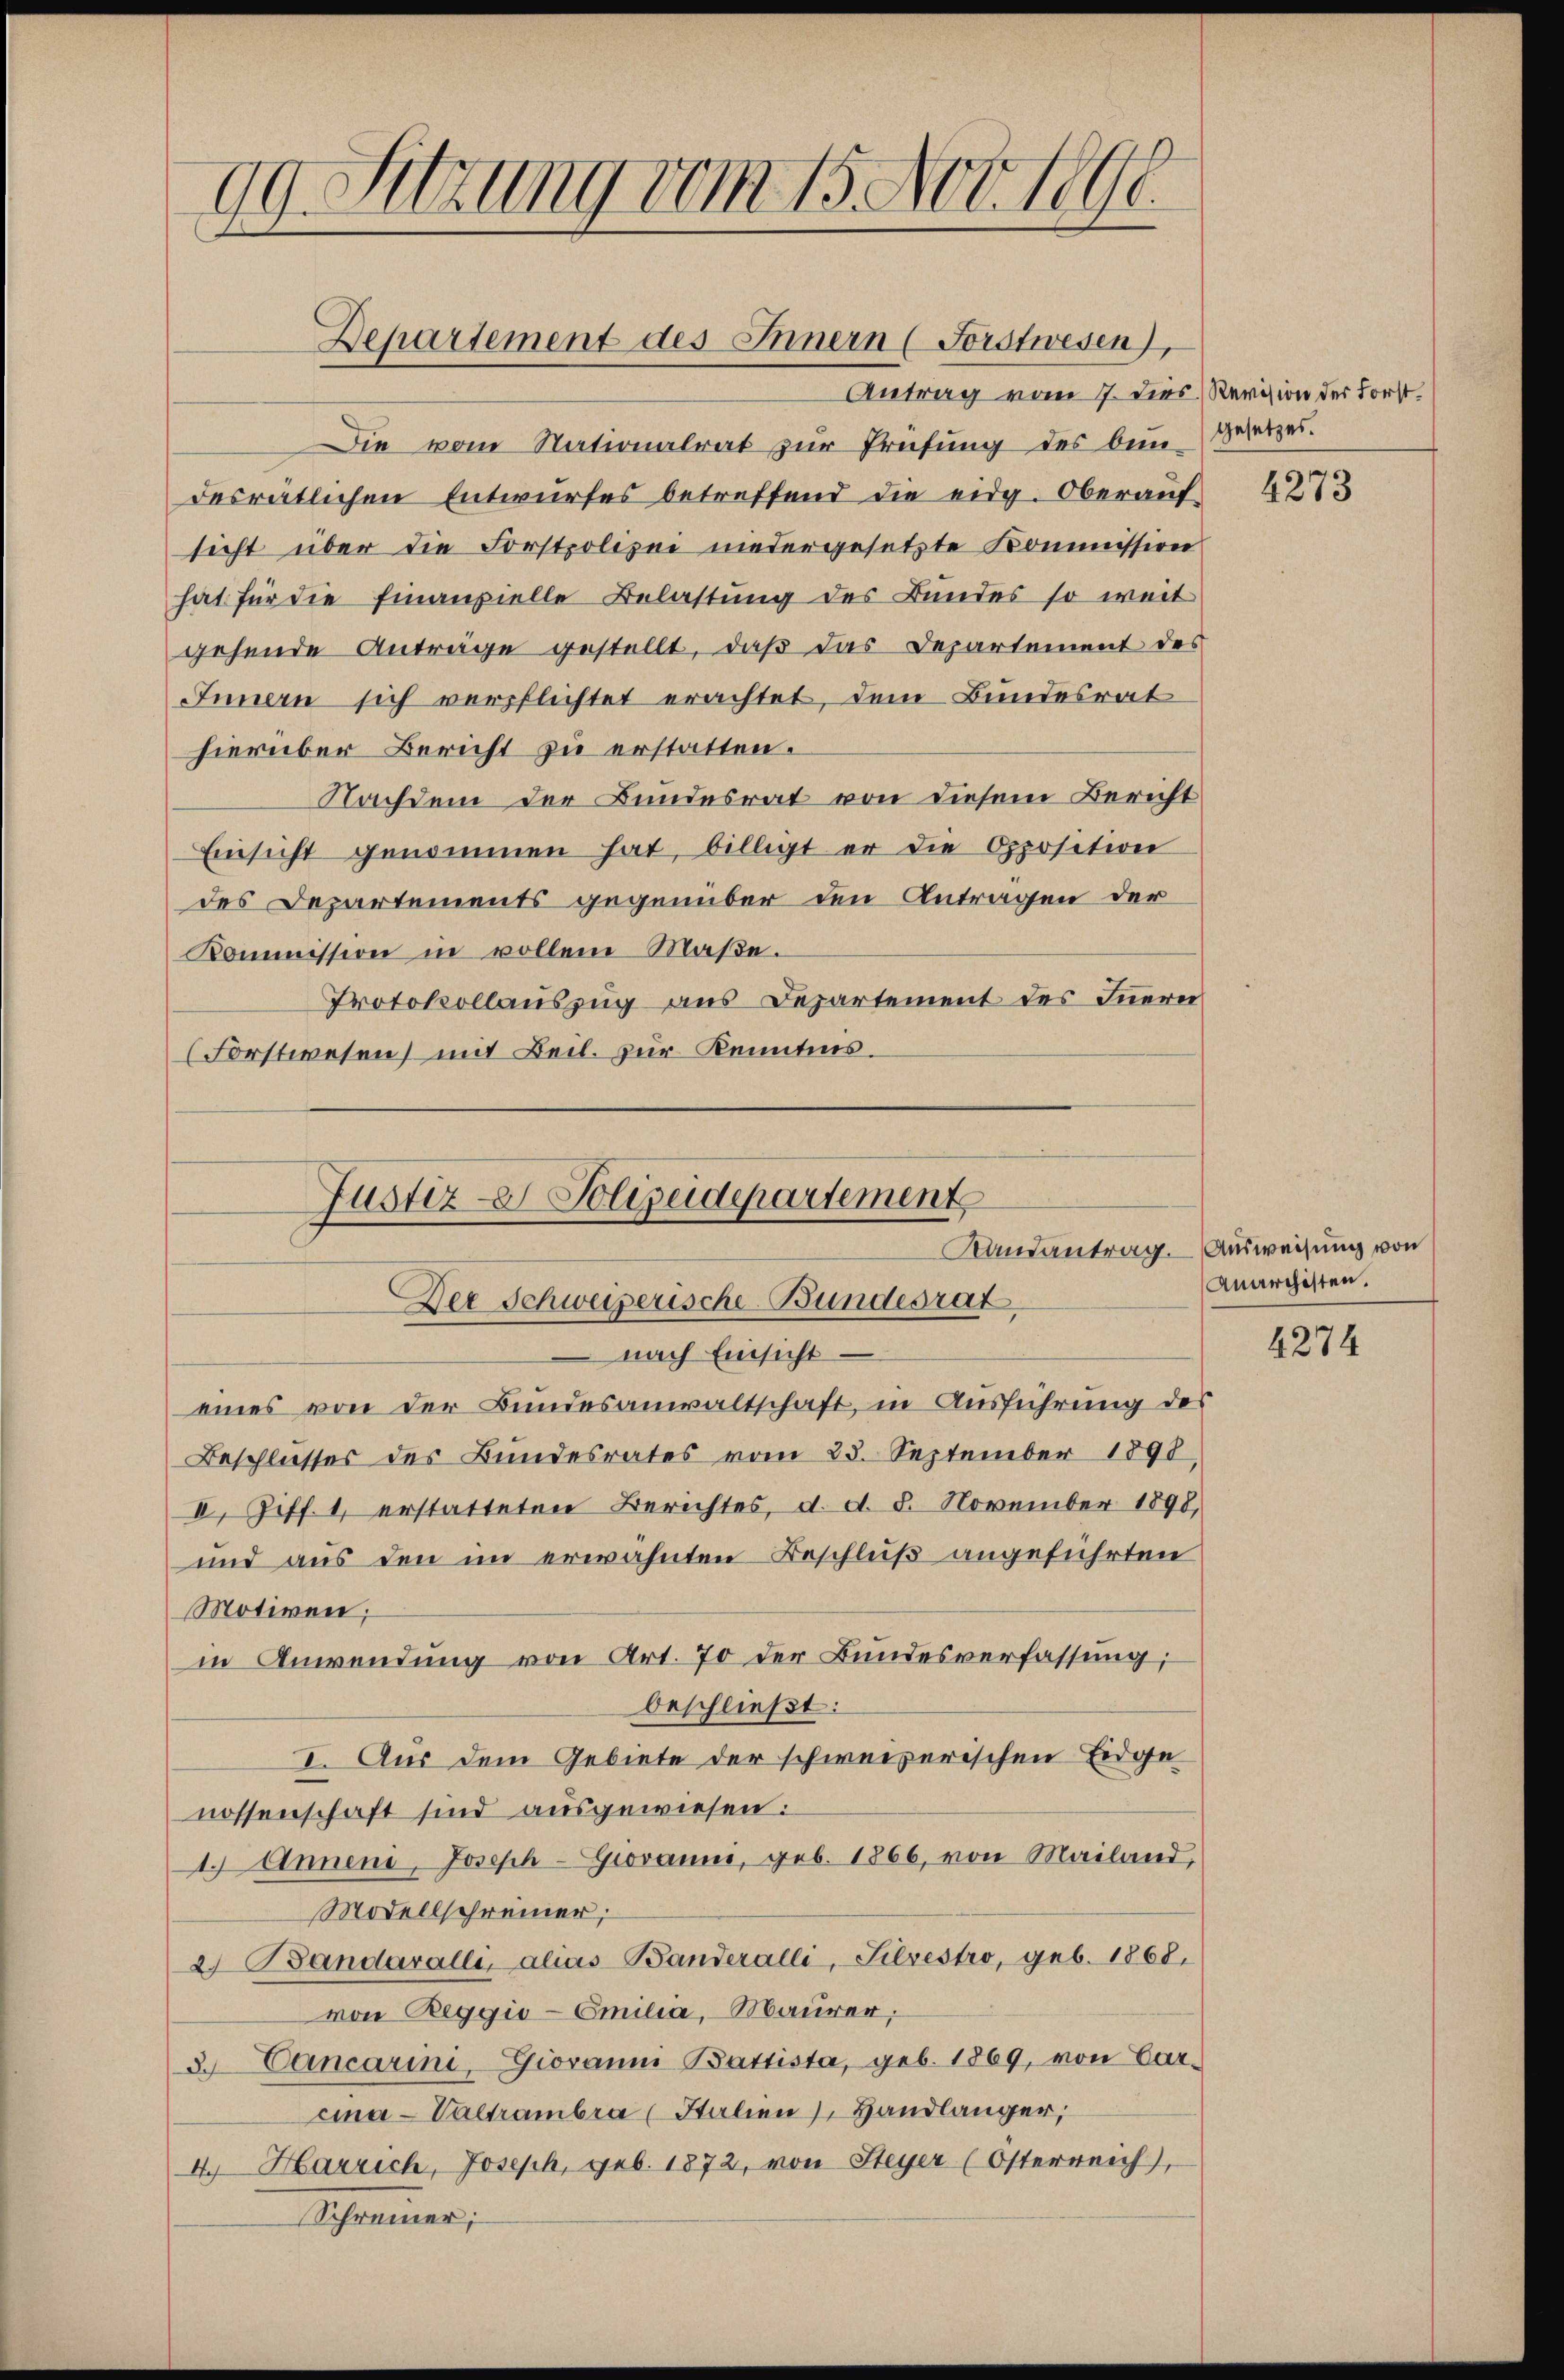
99. Sitzung vom 15. Nov. 1890.

Departement des Innern (Forstwesen),

Justiz- & Polizeidepartement
Randantrag.
Der Schweizerische Bundesrat

Antrag vom 7. dies Revision der Forst¬
Die vom Nationalrat zur Prüfung des bei Wetzes.
desratlichen Entwurfes betreffend die eidg. Oberaufsicht über die Forstpolizei niedergesetzte Kommission
hat für die Finanzielle Belastung des Bundes so weit
gehende Anträge gestellt, daß das Departement des
Innern sich verpflichtet erachtet, dem Bundesrat
hierüber Bericht zu erstatten.
Nachdem der Bundesrat von diesem Bericht
Einsicht genommen hat, billigt er die Opposition
des Departements gegenüber den Antragen der
Kommission in vollem Maβe.
Protokollauszug aus Departement des Innern
Forstwesen, mit Beil. zur Kenntnis.

nach Einsicht.
eines von der Bundesanwaltschaft, in Ausführung des
Beschlusses des Bundesrates vom 23. September 1890
II. Ziff. 1, erstatteten Berichtes, d. d. 8. November 1898,
und aus den im erwähnten Beschluß angeführten
Motiven,
in Anwendung von Art. 70 der Bundesverfassung;
beschließt:
I. Aus dem Gebiete der schweizerischen Eidge
nossenschaft sind ausgewiesen:
1. Annen, Joseph-Giovanni, geb. 1866, von Mailand,
Modellschreiner;
2 Bandavalli, alias Banderalli, Silvestro, geb. 1868.
von Reggio-Emilia, Maurer;
3. Cancarini, Giovanm Battista, geb. 1869, von Car-
cina-Valtrambra Italien Handlänger,
4. Harrich, Joseph, geb. 1872, von Steyer (Osterreich),
Schreiner

4273

Ausweisung von
Anarchisten.

4274